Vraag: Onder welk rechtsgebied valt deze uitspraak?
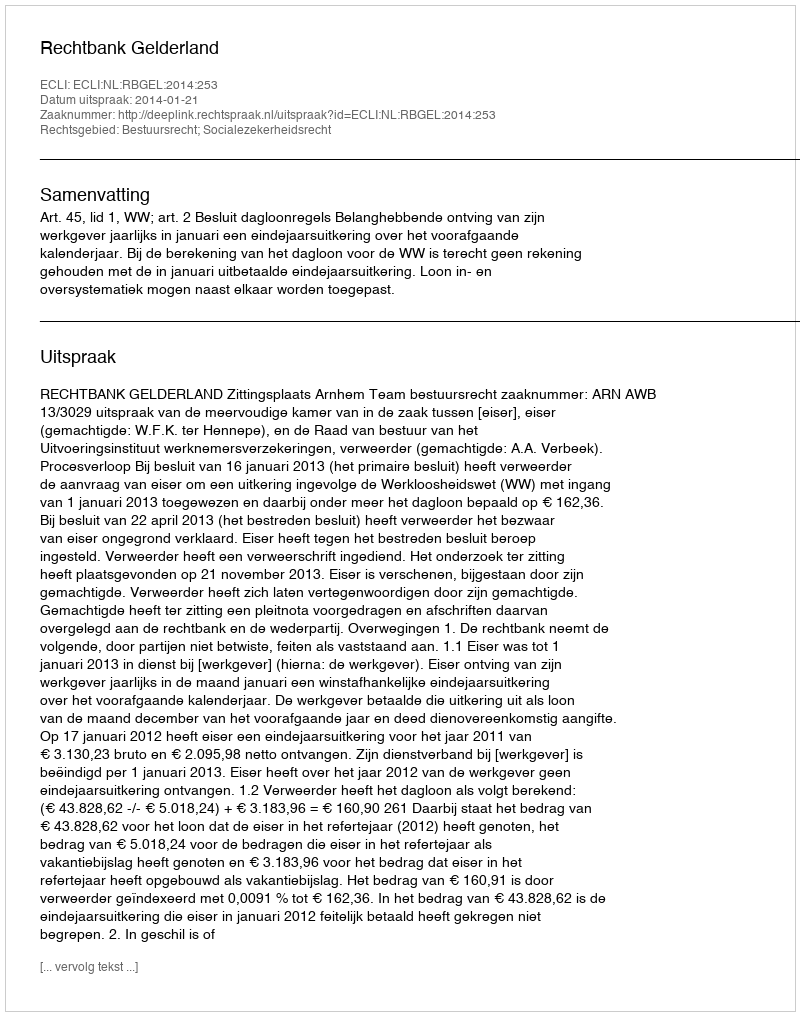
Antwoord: Bestuursrecht; Socialezekerheidsrecht